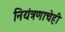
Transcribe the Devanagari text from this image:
नियंत्रणाचेही